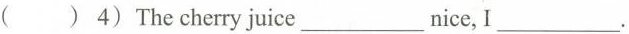
( ) 4) The cherry juice ___ nice, I ___.